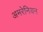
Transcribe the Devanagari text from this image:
अमरेनियन